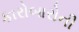
કારોબારોની